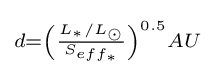
\scriptstyle {d={\left({\frac {{L_{\ast }}/{L_{\odot }}}{S_{eff_{\ast }}}}\right)^{0.5}AU}}